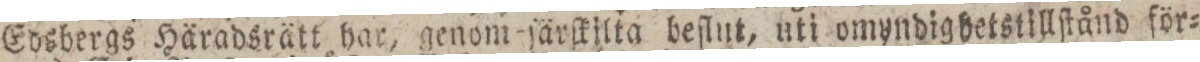
Edsbergs Häradsrätt har, genom ſärſkilta beflut, uti omyndigbetstillſtånd för=